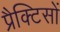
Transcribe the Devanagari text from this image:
प्रैक्टिसों